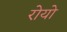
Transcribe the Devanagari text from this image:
रोयो